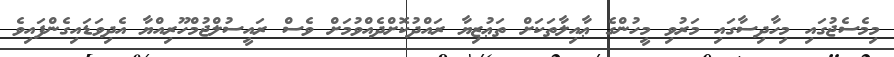
މިމެސެޖުގައި މިހާދިސާގައި މަރުވި މީހުންގެ ޢާއިލާތަކަށް ތަޢުޒިޔާ ރައްދުކޮށްދެއްވުމަށް ވެސް ރައީސުލްޖުމްހޫރިއްޔާ އެދިވަޑައިގެންފައިވެ